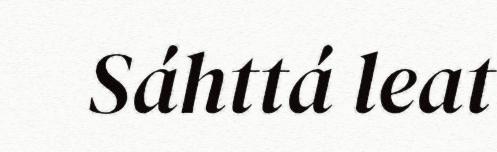
Sáhttá leat